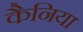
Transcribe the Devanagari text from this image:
कैनिया